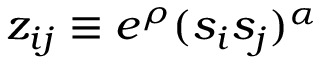
z _ { i j } \equiv e ^ { \rho } ( s _ { i } s _ { j } ) ^ { \alpha }